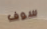
سوف